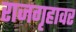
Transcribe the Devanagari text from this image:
राजगृहावर